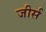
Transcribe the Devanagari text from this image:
जीर्स